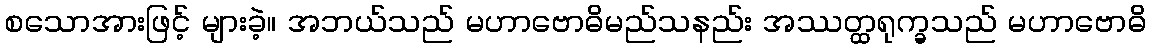
စသောအားဖြင့် များခဲ့။ အဘယ်သည် မဟာဗောဓိမည်သနည်း အဿတ္ထရုက္ခသည် မဟာဗောဓိ